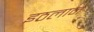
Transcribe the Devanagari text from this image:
इठलाने